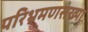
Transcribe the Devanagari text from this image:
परिभ्रमणसंख्या